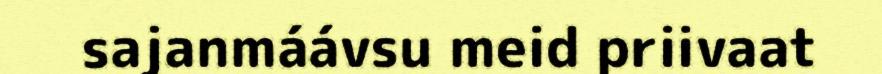
sajanmáávsu meid priivaat